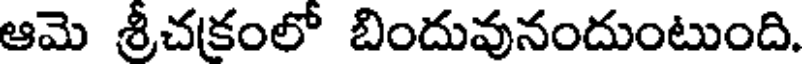
ఆమె శ్రీచకంలో బిందువునందుంటుంది.